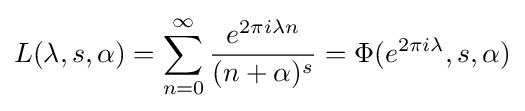
L(\lambda ,s,\alpha )=\sum _{n=0}^{\infty }{\frac {e^{2\pi i\lambda n}}{(n+\alpha )^{s}}}=\Phi (e^{2\pi i\lambda },s,\alpha )